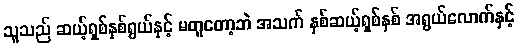
သူသည် ဆယ့်ရှစ်နှစ်ရွယ်နှင့် မတူတော့ဘဲ အသက် နှစ်ဆယ့်ရှစ်နှစ် အရွယ်လောက်နှင့်